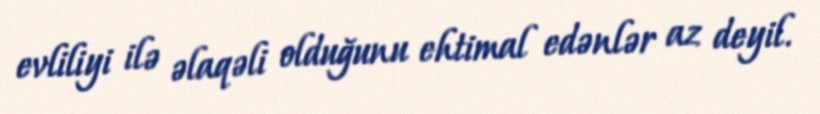
evliliyi ilə əlaqəli olduğunu ehtimal edənlər az deyil.